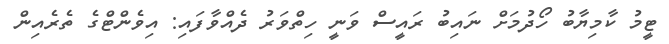
ޓީމު ކާމިޔާބު ހޯދުމަށް ނައިބު ރައީސް ވަނީ ހިތްވަރު ދެއްވާފައި: އިވެންޓްގެ ތެރެއިން